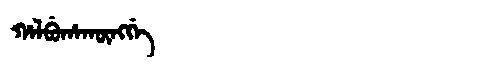
Manchu: ᡥᠠᠯᠪᡠᡥᠠᡴᡡᠩᡤᡝ
Romanization: HALBUHAKŪNGGE